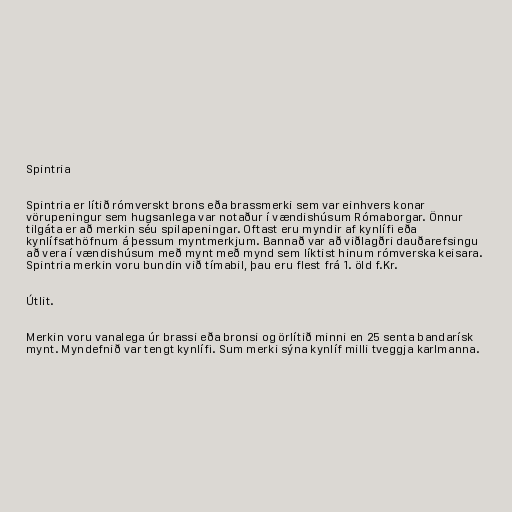
Spintria

Spintria er lítið rómverskt brons eða brassmerki sem var einhvers konar
vörupeningur sem hugsanlega var notaður í vændishúsum Rómaborgar. Önnur
tilgáta er að merkin séu spilapeningar. Oftast eru myndir af kynlífi eða
kynlífsathöfnum á þessum myntmerkjum. Bannað var að viðlagðri dauðarefsingu
að vera í vændishúsum með mynt með mynd sem líktist hinum rómverska keisara.
Spintria merkin voru bundin við tímabil, þau eru flest frá 1. öld f.Kr.

Útlit.

Merkin voru vanalega úr brassi eða bronsi og örlítið minni en 25 senta bandarísk
mynt. Myndefnið var tengt kynlífi. Sum merki sýna kynlíf milli tveggja karlmanna.